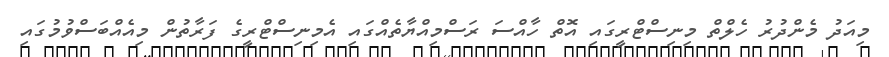
މިއަދު މެންދުރު ހެލްތް މިނިސްޓްރީގައި އޮތް ހާއްސަ ރަސްމިއްޔާތެއްގައި އެމިނިސްޓްރީގެ ފަރާތުން މިއެއްބަސްވުމުގައި